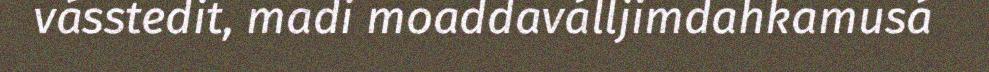
vásstedit, madi moaddaválljimdahkamusá